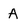
Character: A